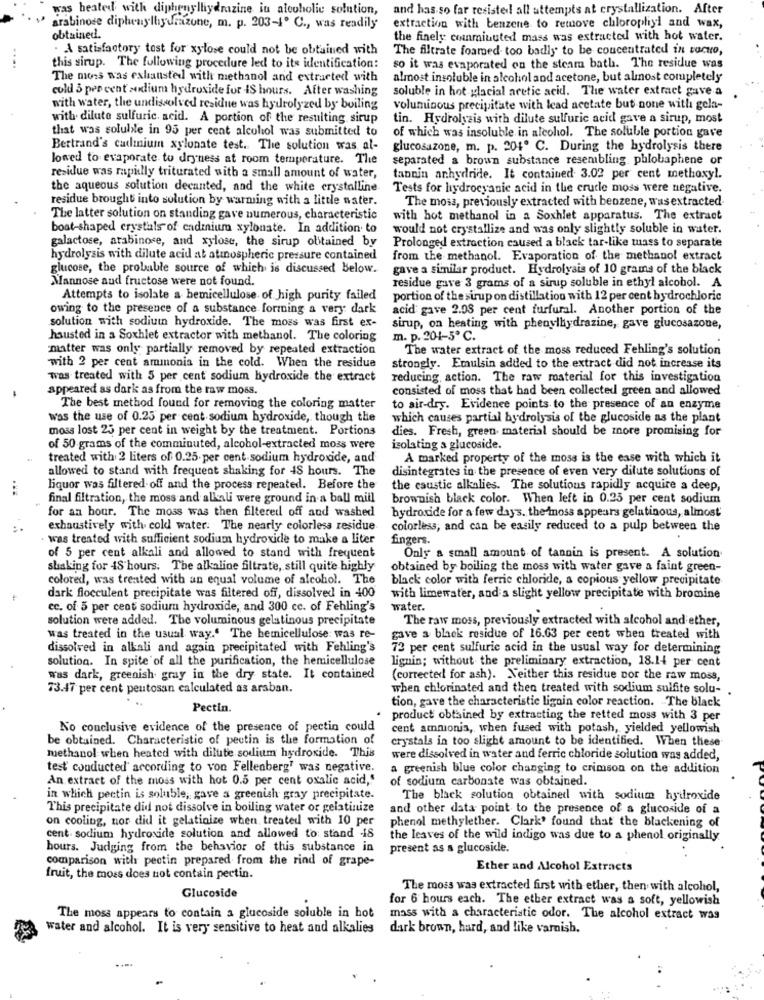
was heated with diphenylliydrazine in alcoholic solution,
and has so far resisted! all attempts at crystallization. After
arabinose diplunylhydrazone, m. p. 203-1º C ., was readily
extraction with benzene to remove chlorophyl and wax,
obtained.
the finely conminuted mass was extracted with hot water.
A satisfactory tost for xylose could not be obtained with
The filtrate foamed too badly to be concentrated in torno,
....
this sirup. The following procedure led to its identification:
so it was evaporated on the steam bath. The residue was
The moss was exhausted with methanol and extracted with
almost insoluble in alcohol and acetone, but almost completely
cold 3 per cent sodium hydroxide for IS hours. After washing
soluble in hot glacial acetic acid. The water extract gave a
with water, the undissolved residue was hydrolyzed by boiling
voluminous precipitate with lead acetate but none with gela-
with dilute sulfuric. acid. A portion of the resulting sirup
tin. Hydrolysis with dilute sulfuric acid gave a sirup, most
that was soluble in 95 per cent alcohol was submitted to
of which was insoluble in alcohol. The soluble portion gave
Bertrand's cadmium xylonate test. The solution was al-
glucosazone, m. p. 204. C. During the hydrolysis there
lowed to evaporate to dryness at room temperature. The
separated a brown substance resembling phlobaphene or
residue was mapilly triturated with a small amount of water,
tannin anhydride. It contained 3.02 per cent methoxyl.
the aqueous solution decanted, and the white crystalline.
Tests for hydrocyanic acid in the cruce moss were negative.
residue brought into solution by warming with a little water.
The moss, previously extracted with benzene, wasextracted.
The latter solution on standing gave numerous, characteristic
with hot methanol in a Soxhlet apparatus. The extract
boat-shaped crystals of cadmium xylonate. In addition to
would not crystallize and was only slightly soluble in water.
galactose, arabinose, and xylose, the sirup obtained by
Prolonged extraction caused a black tar-like tuass to separate
hydrolysis with dilute acid at atmospheric pressure contained
from the methanol. Evaporation of the methanol extract
glucose, the probable source of which is discussed below.
gave a similar product. Hydrolysis of 10 grams of the black
Mannose aud fructose were not found.
residue gave 3 grams of a sirup soluble in ethyl alcohol. A
Attempts to isolate a bemicellulose of high purity failed
portion of the sirup on distillation with 12 per cent hydrochloric
owing to the presence of a substance forming a very dark
acid gave 2.08 per cent furfural. Another portion of the
solution with sodium hydroxide. The moss was first ex-
sirup, on heating with phenylhydrazine, gave glucosazoue,
hausted in a Soxhlet extractor with methanol. The coloring
m. p. 204-5º C.
matter was only partially removed by repeated extraction
The water extract of the moss reduced Fehling's solution
with 2 per cent ammonia in the cold. When the residue
strongly. Emulsin added to the extract did not increase its
was treated with 5 per cent sodium hydroxide the extract
reducing, action. The raw roaterial for this investigation
appeared as dork as from the raw moss.
consisted of moss that had been collected green and allowed
-
The best method found for removing the coloring matter
to air-dry. Evidence points to the presence of an enzyme
was the use of 0.25 per cent sodium hydroxide, though the
which causes partial hydrolysis of the glucoside as the plant
moss lost 25 per cent in weight by the treatment. Portions
dies. Fresh, green material should be more promising for
of 50 grams of the comminuted, alcohol-extracted moss were
isolating a glucoside.
treated with 2 liters of 0.25. per cent sodium hydroxide, and
A marked property of the moss is the ease with which it
allowed to stand with frequent shaking for 48 hours. The
disintegrates in the presence of even very dilute solutions of
liquor was filtered-off and the process repeated. Before the
the caustic alkalies. The solutions rapidly acquire a deep,
final filtration, the moss and alkali were ground in a ball mill
brownish black color. When left in 0.25 per cent sodium
for an hour. The moss was then filtered off and washed
hydroxide for a few days. the inoss appears gelatinous, almost'
exhaustively with cold water: The nearly colorless residue
colorless, and can be easily reduced to a pulp between the
. was treated with sufficient sodium hydroxide to make a liter
fingers.
of 5 per cent alkali and allowed to stand with frequent
Only a small amount of tannin is present. A solution
shaking for 48 hours. The alkaline filtrate, still quite highly
obtained by boiling the moss with water gave a faint green-
colored, was treated with an equal volume of alcohol. The
black color with ferrie chloride, a copious yellow precipitate
dark flocculent precipitate was filtered off, dissolved in 400
with limewater, and a slight yellow precipitate with bromine
ec. of 5 per cent sodium hydroxide, and 300 cc. of Fehling's
water.
solution were added. The voluminous gelatinous precipitate
The raw moss, previously extracted with alcohol and ether,
was treated in the usual way." The hemicellulose: was re-
gave a black residue of 16.63 per cent when treated with
dissolved in alkali and again precipitated with Fehling's
72 per cent sulfuric acid in the usual way for determining
solution. In spite of all the purification, the hemicellulose
lignin; without the preliminary extraction, 18.14 per cent
was dark, greenish gray in the dry state. It contained
(corrected! for ash). Neither this residue por the raw moss,
73.47 per cent peutosan calculated as araban.
when chlorinated and then treated with sodium sulfite solu-
tion, gave the characteristic lignin color reaction. The black
Pectin.
product obtained by extracting the retted moss with 3 per
No conclusive evidence of the presence of pectin could
cent ammonia, when fused with potash, yielded yellowish
be obtained. Characteristic of pectin is the formation of
crystals in too slight amount to be identified. When these
methanol when heated with dilute sodium hydroxide. This
were dissolved in water and ferric chloride solution was added,
test conducted' according to von Fellenberg? was negative.
a greenish blue color changing to crimson on the addition
An extract of the moss with hot 0.5 per cent oxalic acid,"
of sodium carbonate was obtained.
in which pectin is soluble, gave a greenish gray precipitate.
The black solution obtained with sodium hydroxide
This precipitate did not dissolve in boiling water or gelatinize
and other data point to the presence of a glucoside of a
on cooling, nor did it gelatinize when treated with 10 per
phenol methylether. Clark' found that the blackening of
cent. sodium hydroxide solution and allowed to stand 48
the leaves of the wild indigo was due to a phenol originally
hours. Judging from the behavior of this substance in
present as a glucoside.
comparison with pectin prepared from the rind of grape-
Ether and Alcohol Extracts
fruit, the moss does not contain pectin.
The moss was extracted first with ether, then with alcohol,
Glucoside
for 6 hours each. The ether extract was a soft, yellowish
The moss appears to contain a glucoside soluble in hot
mass with a characteristic odor. The alcohol extract was
water and alcohol. It is very sensitive to heat and alkalies
dark brown, hard, and like varnish.